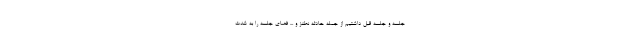
جلسه و جلسه قبل داشتیم از جمله حادثه نطنز و ... فضای جلسه را به شدت